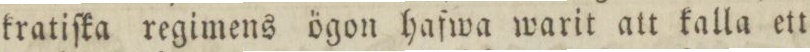
kratiſka regimens ögon hafwa warit att kalla ett